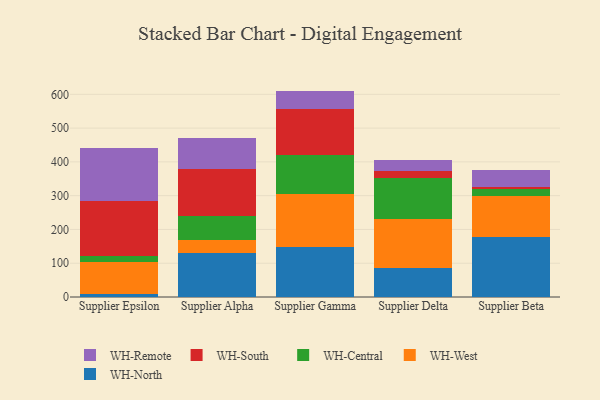
{"axis": {"x": "Supplier", "y": "Active Users"}, "legend": ["WH-Central", "WH-North", "WH-Remote", "WH-South", "WH-West"], "data": [{"x": "Supplier Epsilon", "y": 10.3, "type": "WH-North"}, {"x": "Supplier Epsilon", "y": 91.9, "type": "WH-West"}, {"x": "Supplier Epsilon", "y": 18.0, "type": "WH-Central"}, {"x": "Supplier Epsilon", "y": 163.5, "type": "WH-South"}, {"x": "Supplier Epsilon", "y": 157.4, "type": "WH-Remote"}, {"x": "Supplier Alpha", "y": 129.6, "type": "WH-North"}, {"x": "Supplier Alpha", "y": 38.5, "type": "WH-West"}, {"x": "Supplier Alpha", "y": 71.4, "type": "WH-Central"}, {"x": "Supplier Alpha", "y": 140.0, "type": "WH-South"}, {"x": "Supplier Alpha", "y": 90.9, "type": "WH-Remote"}, {"x": "Supplier Gamma", "y": 147.3, "type": "WH-North"}, {"x": "Supplier Gamma", "y": 157.7, "type": "WH-West"}, {"x": "Supplier Gamma", "y": 116.0, "type": "WH-Central"}, {"x": "Supplier Gamma", "y": 136.0, "type": "WH-South"}, {"x": "Supplier Gamma", "y": 53.3, "type": "WH-Remote"}, {"x": "Supplier Delta", "y": 86.0, "type": "WH-North"}, {"x": "Supplier Delta", "y": 144.3, "type": "WH-West"}, {"x": "Supplier Delta", "y": 122.9, "type": "WH-Central"}, {"x": "Supplier Delta", "y": 18.6, "type": "WH-South"}, {"x": "Supplier Delta", "y": 34.1, "type": "WH-Remote"}, {"x": "Supplier Beta", "y": 178.9, "type": "WH-North"}, {"x": "Supplier Beta", "y": 119.3, "type": "WH-West"}, {"x": "Supplier Beta", "y": 20.7, "type": "WH-Central"}, {"x": "Supplier Beta", "y": 7.2, "type": "WH-South"}, {"x": "Supplier Beta", "y": 49.6, "type": "WH-Remote"}]}